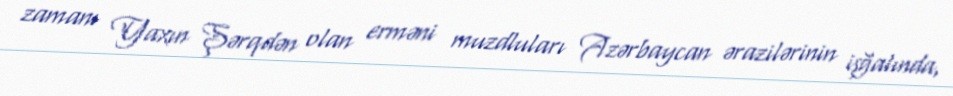
zamanı Yaxın Şərqdən olan erməni muzdluları Azərbaycan ərazilərinin işğalında,